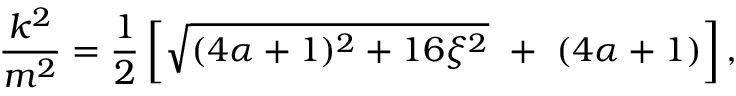
\frac { k ^ { 2 } } { m ^ { 2 } } = \frac { 1 } { 2 } \left[ \sqrt { ( 4 \alpha + 1 ) ^ { 2 } + 1 6 \xi ^ { 2 } } \ + \ ( 4 \alpha + 1 ) \right] ,